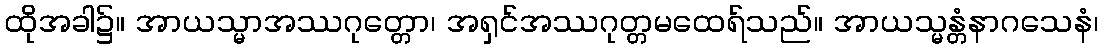
ထိုအခါ၌။ အာယသ္မာအဿဂုတ္တော၊ အရှင်အဿဂုတ္တမထေရ်သည်။ အာယသ္မန္တံနာဂသေနံ၊